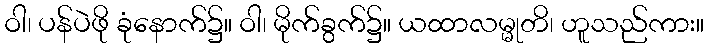
ဝါ၊ ပန်ပဲဖို ခုံနောက်၌။ ဝါ၊ မိုက်ခွက်၌။ ယထာလမ္မုတိ၊ ဟူသည်ကား။